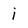
Character: i